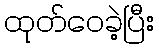
ထုတ်ဝေခဲ့ပြီး